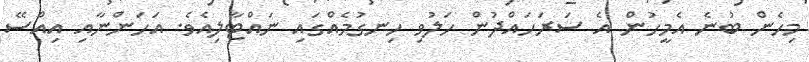
މިހެން ބުނެ އެމީހުން އެ ސަރަހައްދުން ހަލުވި ހިނގުމެއްގައި ނައްޓާލިއެވެ. އަހަންނާއި އިއްސޭ